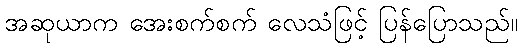
အဆုယာက အေးစက်စက် လေသံဖြင့် ပြန်ပြောသည်။